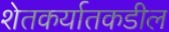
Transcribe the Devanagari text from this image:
शेतकर्यातकडील